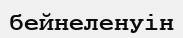
бейнеленуін